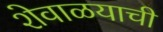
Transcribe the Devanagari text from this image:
शेवाळयाची